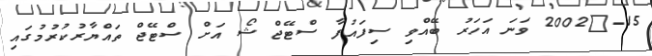
15-	2002 ވަނަ އަހަރު ބޭއްވި ސިފައުފާ ސްޓޭޖް ޝޯ އަށް ސްޓޭޖް ތައްޔާރުކުރުމުގައި